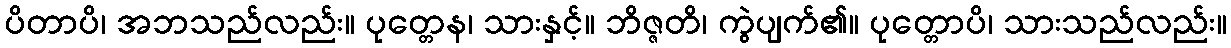
ပိတာပိ၊ အဘသည်လည်း။ ပုတ္တေန၊ သားနှင့်။ ဘိဇ္ဇတိ၊ ကွဲပျက်၏။ ပုတ္တောပိ၊ သားသည်လည်း။